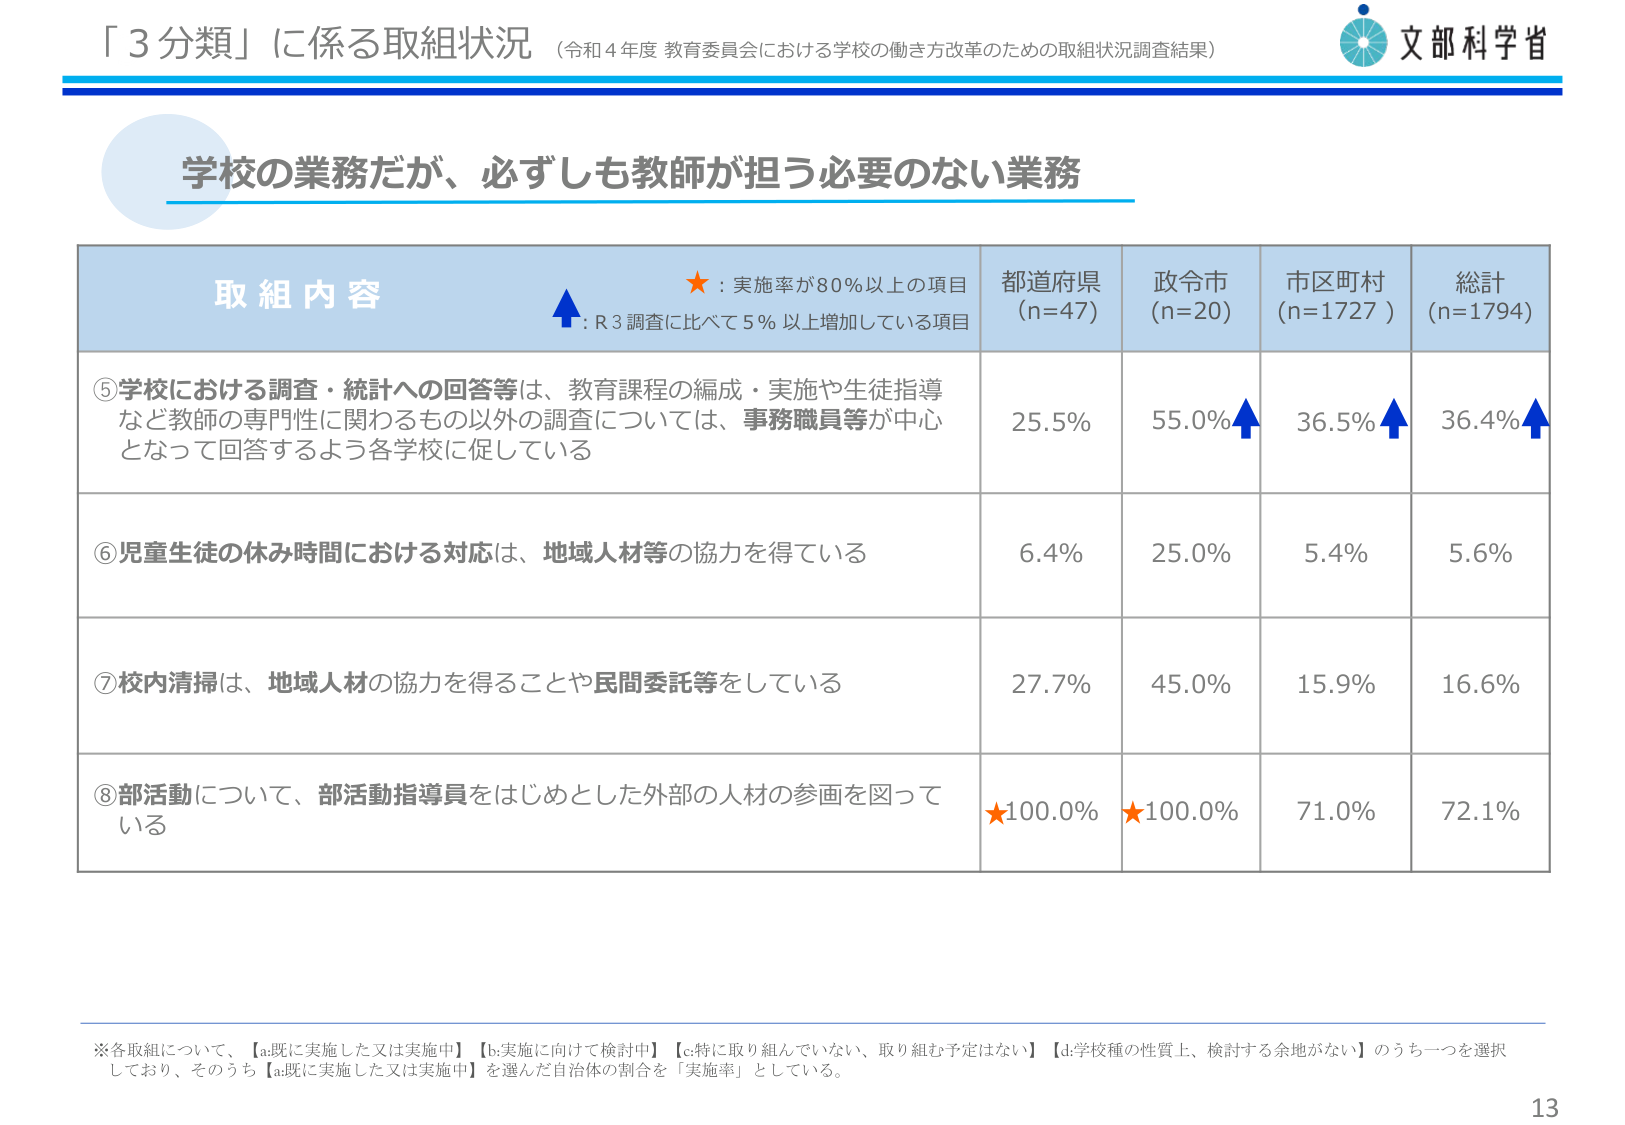
「３分類」に係る取組状況（令和４年度 教育委員会における学校の働き方改革のための取組状況調査結果）

文部科学省

学校の業務だが、必ずしも教師が担う必要のない業務

取組内容
★：実施率が80％以上の項目
↑：R3調査に比べて5％以上増加している項目

都道府県（n=47）　政令市（n=20）　市区町村（n=1727）　総計（n=1794）

⑤学校における調査・統計への回答等は、教育課程の編成・実施や生徒指導など教師の専門性に関わるもの以外の調査については、事務職員等が中心となって回答するよう各学校に促している
25.5%　55.0%↑　36.5%↑　36.4%↑

⑥児童生徒の休み時間における対応は、地域人材等の協力を得ている
6.4%　25.0%　5.4%　5.6%

⑦校内清掃は、地域人材の協力を得ることや民間委託等をしている
27.7%　45.0%　15.9%　16.6%

⑧部活動について、部活動指導員をはじめとした外部の人材の参画を図っている
★100.0%　★100.0%　71.0%　72.1%

※各取組について、【a.既に実施した又は実施中】【b.実施に向けて検討中】【c.特に取り組んでいない、取り組む予定はない】【d.学校種の性質上、検討する余地がない】のうち一つを選択しており、そのうち【a.既に実施した又は実施中】を選んだ自治体の割合を「実施率」としている。

13